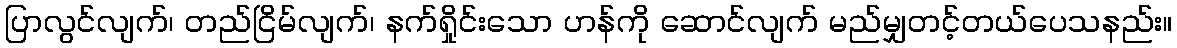
ပြာလွင်လျက်၊ တည်ငြိမ်လျက်၊ နက်ရှိုင်းသော ဟန်ကို ဆောင်လျက် မည်မျှတင့်တယ်ပေသနည်း။